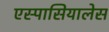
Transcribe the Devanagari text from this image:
एस्पासियालेस